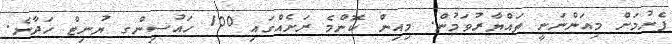
ފެށުމަށް މިއަންނަނީ ތައްޔާރުވަމުން. މިއިން ކޮންމެ ރަށެއްގައި 100 ހައުސިންގ ޔުނިޓް ހަދާނެ.